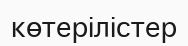
көтерілістер